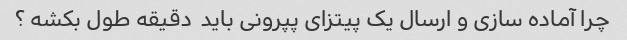
چرا آماده سازی و ارسال یک پیتزای پپرونی باید  دقیقه طول بکشه ؟